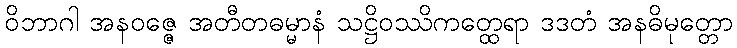
ဝိဘာဂါ အနဝဇ္ဇေ အတီတဓမ္မာနံ သဋ္ဌိဝဿိကတ္ထေရာ ဒဒတံ အနဓိမုတ္တော